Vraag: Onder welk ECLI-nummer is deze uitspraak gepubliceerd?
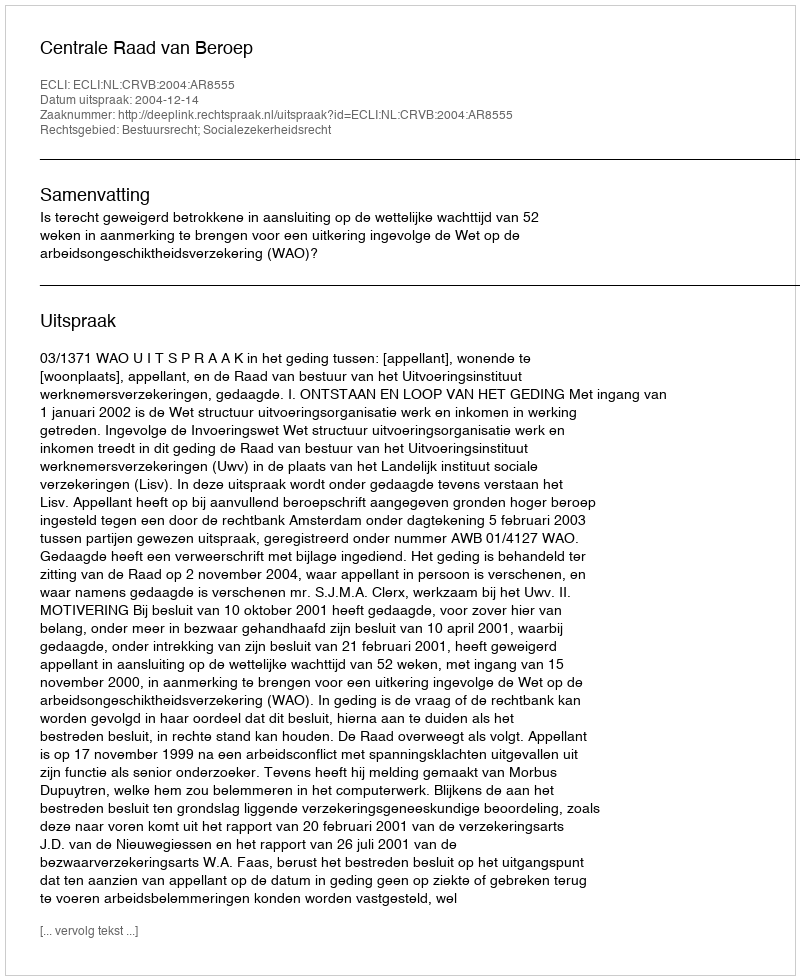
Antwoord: ECLI:NL:CRVB:2004:AR8555